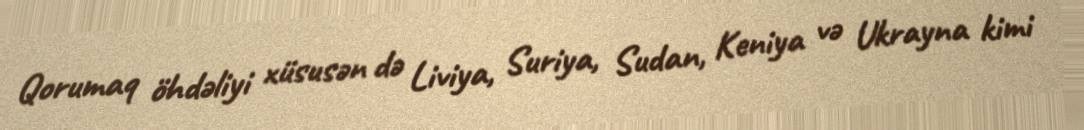
Qorumaq öhdəliyi xüsusən də Liviya, Suriya, Sudan, Keniya və Ukrayna kimi